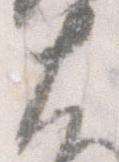
大